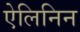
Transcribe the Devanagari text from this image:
ऐलिनिन